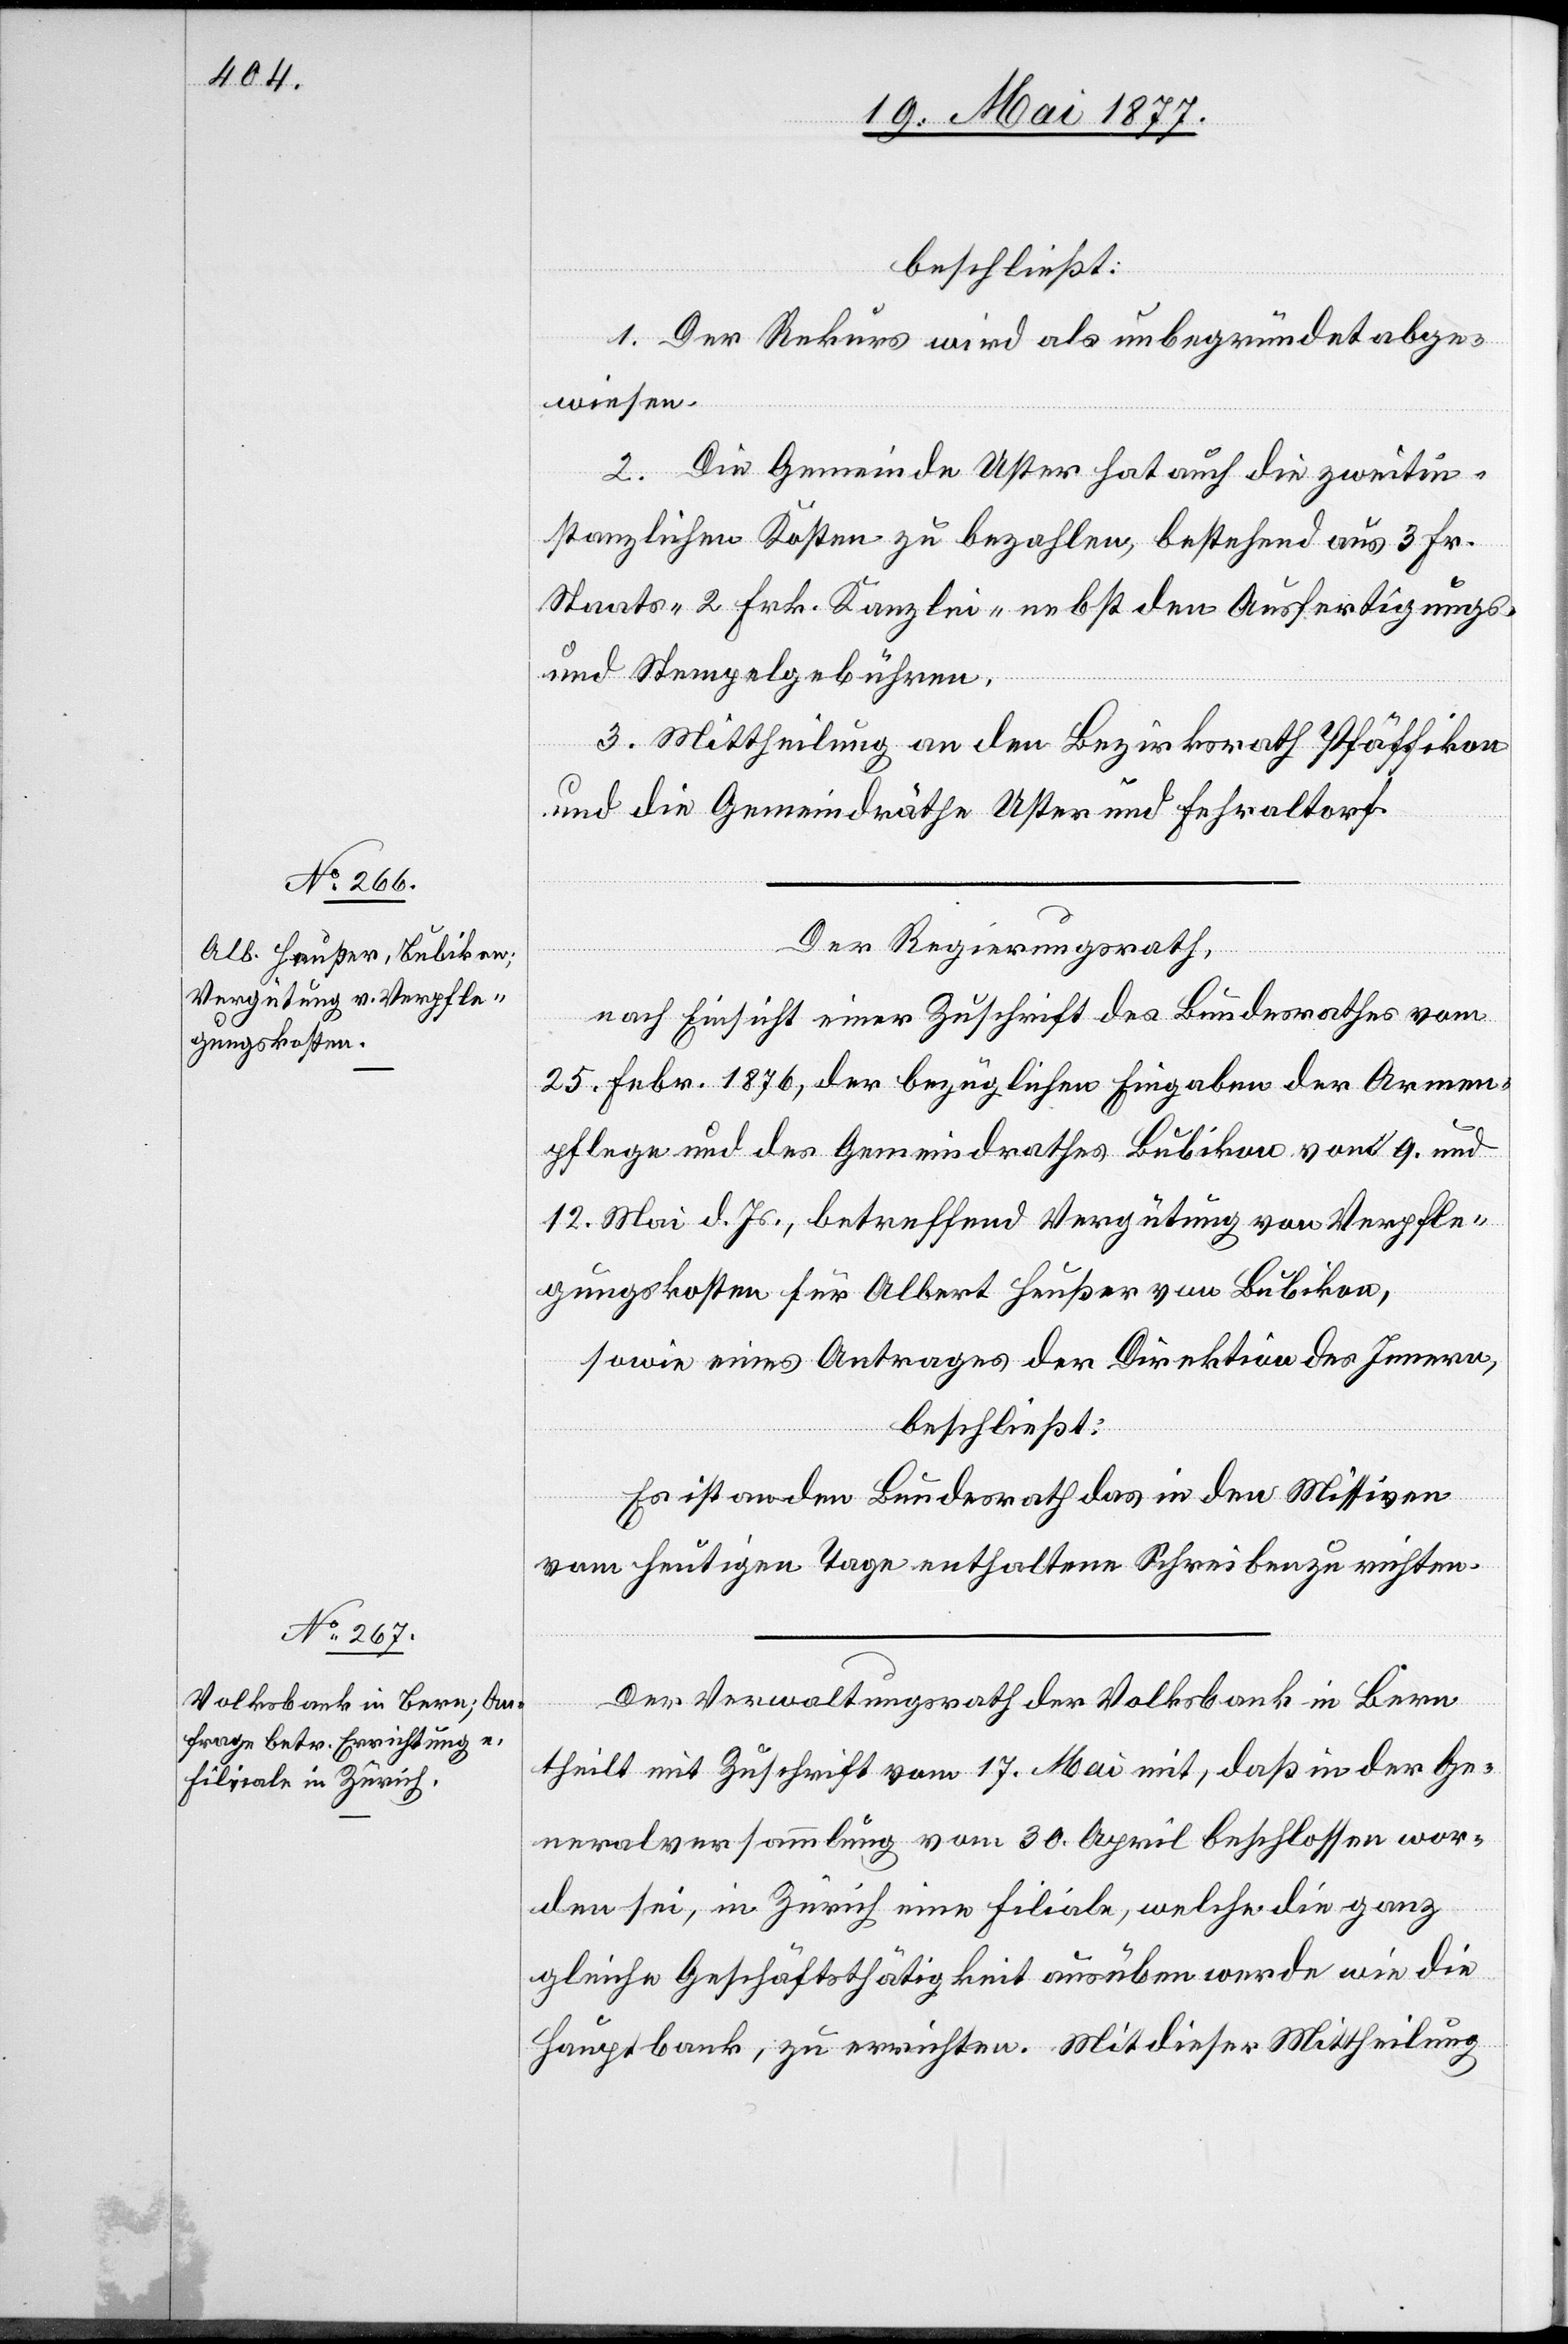
beschließt:
1. Der Rekurs wird als unbegründet abge¬
wiesen.
2. Die Gemeinde Uster hat auch die zweitin¬
stanzlichen Kosten zu bezahlen, bestehend aus 3 Fr.
Staats- 2 Frk. Kanzlei- nebst den Ausfertigungs-
und Stempelgebühren.
3. Mittheilung an den Bezirksrath Pfäffikon
und die Gemeindräthe Uster und Fehraltorf.
Der Regierungsrath,
nach Einsicht einer Zuschrift des Bundesrathes vom
25. Febr. 1876, der bezüglichen Eingabe der Armen¬
pflege und des Gemeindrathes Bubikon vom 9. und
12. Mai d. Js., betreffend Vergütung von Verpfle¬
gungskosten für Albert Heußer von Bubikon,
beschließt:
Es ist an den Bundesrath das in den Missiven
vom heutigen Tage enthaltene Schreiben zu richten.
Der Verwaltungsrath der Volksbank in Bern
theilt mit Zuschrift vom 17. Mai mit, daß in der Ge¬
neralversammlung vom 30. April beschlossen wor¬
den sei, in Zürich eine Filiale, welche die ganz
gleiche Geschäftsthätigkeit ausüben werde wie die
Hauptbank, zu errichten. Mit dieser Mittheilung